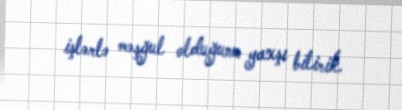
işlərlə məşğul olduğunu yaxşı bilirik.